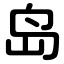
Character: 岛